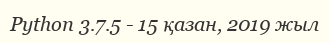
Python 3.7.5 - 15 қазан, 2019 жыл